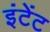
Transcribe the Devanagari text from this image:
इंटेंट